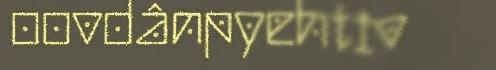
oovdânpyehtiv